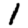
Digit: 1